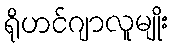
ရိုဟင်ဂျာလူမျိုး